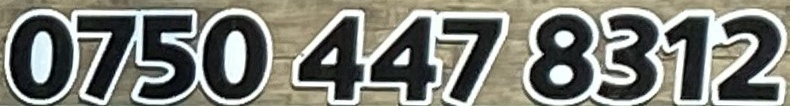
0750 447 8312